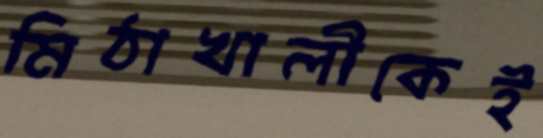
মিঠাখালীকেই